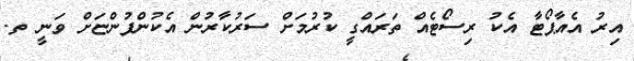
އިރު އެއާޕޯޓާ އެކު ރިސޯޓެއް ތަރައްގީ ކުރުމަށް ސަރުކާރުން އެކުންފުންޏަށް ވަނީ ތ.